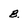
Character: B